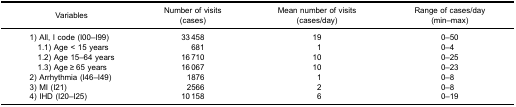
| Variables | Number of visits(cases) | Mean number of visits(cases/day) | Range of cases/day(min–max) |
 | --- | --- | --- | --- |
 | 1) All, I code (I00–I99) | 33 458 | 19 | 0–50 |
 | ​ 1.1) Age < 15 years | 681 | 1 | 0–4 |
 | ​ 1.2) Age 15–64 years | 16 710 | 10 | 0–25 |
 | ​ 1.3) Age ≥ 65 years | 16 067 | 10 | 0–23 |
 | 2) Arrhythmia (I46–I49) | 1876 | 1 | 0–8 |
 | 3) MI (I21) | 2566 | 2 | 0–8 |
 | 4) IHD (I20–I25) | 10 158 | 6 | 0–19 |